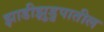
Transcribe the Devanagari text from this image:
झाडीझुडुपातील